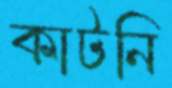
কাটনি